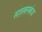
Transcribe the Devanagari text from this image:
सहस्रस्कंध